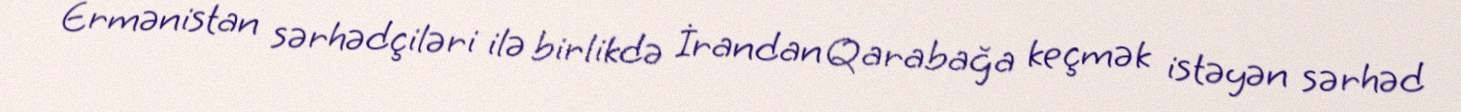
Ermənistan sərhədçiləri ilə birlikdə İrandan Qarabağa keçmək istəyən sərhəd